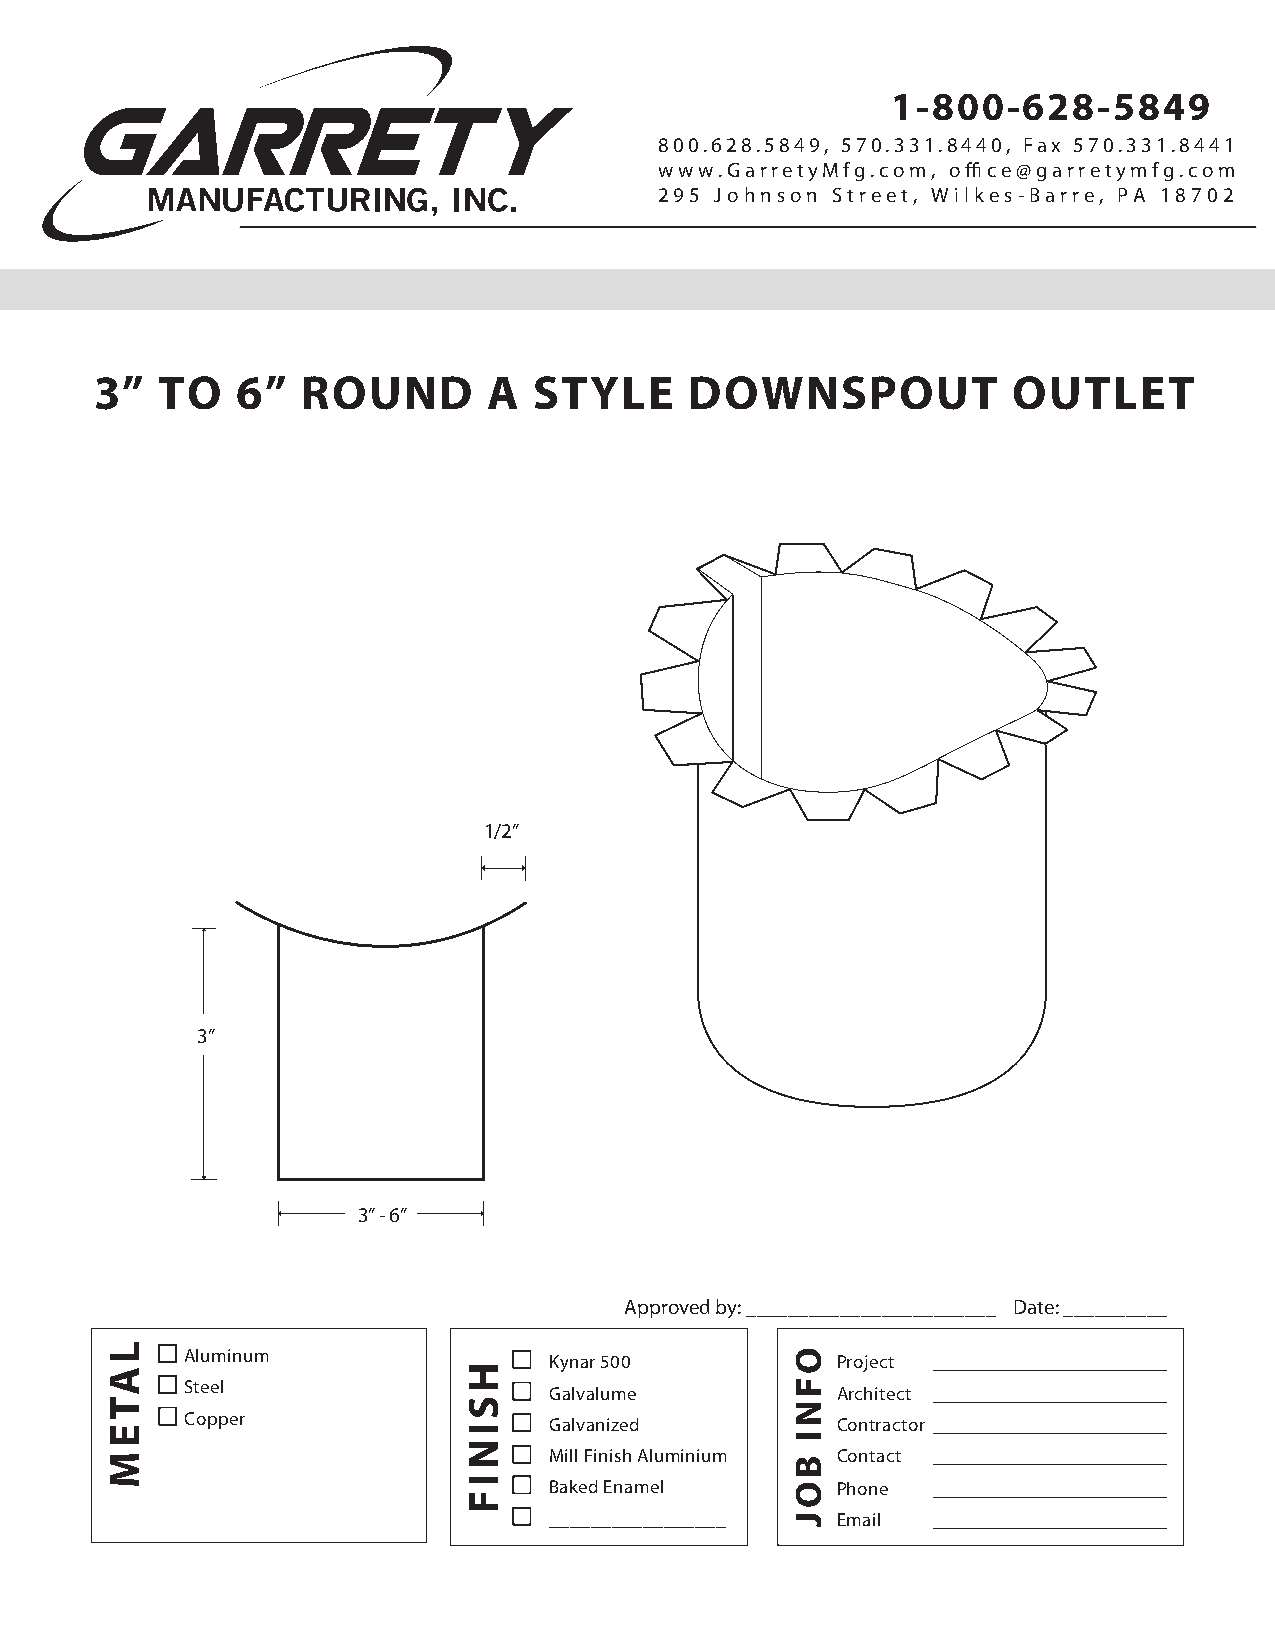
1-800-628-5849
 800. 628. 5849, 570. 331. 8440, Fax 570. 331.8441
 www.GarretyMfg.com, office@garretymfg.com
 295 Johnson Street, Wilkes-Barre, PA 18702
 3”   TO   6”  ROUND       A  STYLE      DOWNSPOUT            OUTLET
 1/2”
 3”
 3” - 6”
 Approved by: ________________________ Date: __________
 Aluminum                Kynar 500          Project __________________
 Steel                   Galvalume          Architect __________________
 Copper                  Galvanized         Contractor __________________
 Mill Finish Aluminium Contact __________________
 Baked Enamel       Phone  __________________
 _________________  Email  __________________
 LATEM
 H
 SINIF
 OFNI
 BOJ